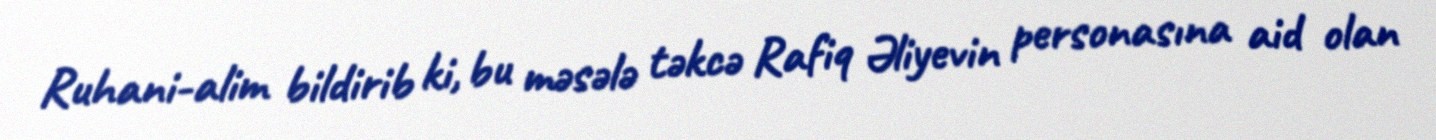
Ruhani-alim bildirib ki, bu məsələ təkcə Rafiq Əliyevin personasına aid olan